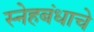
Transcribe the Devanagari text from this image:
स्नेहबंधाचे